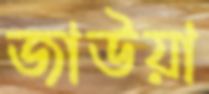
জাউয়া